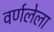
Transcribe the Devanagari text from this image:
वर्णलेला